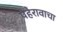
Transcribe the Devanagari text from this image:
पेहेरावाचा